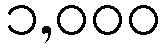
၁,၀၀၀